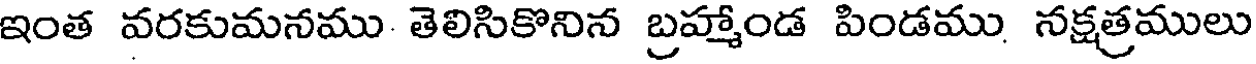
ఇంత వరకుమనము తెలిసికొనిన బ్రహ్మాండ పిండము నక్షత్రములు